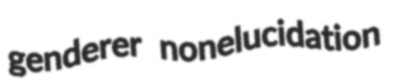
genderer nonelucidation